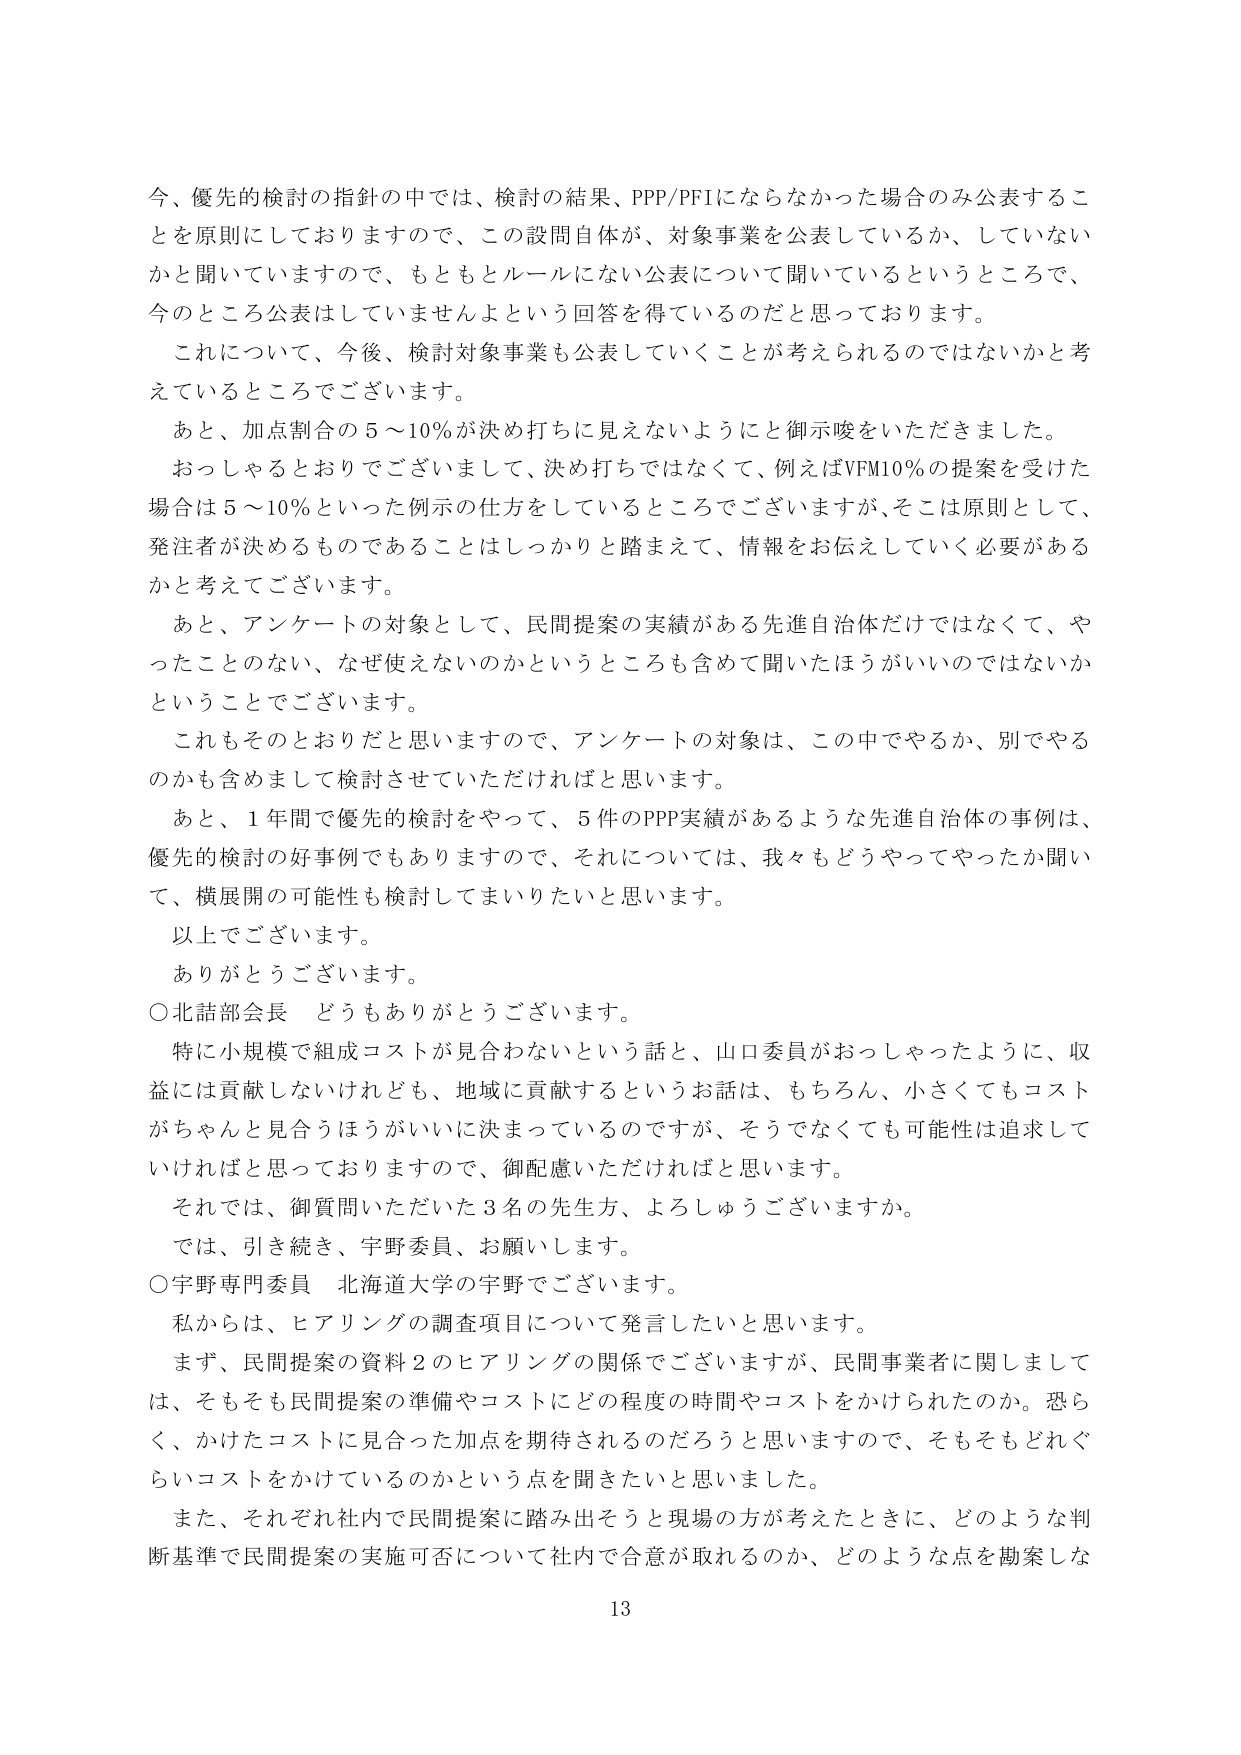
今、優先的検討の指針の中では、検討の結果、PPP/PFIにならなかった場合のみ公表することを原則にしておりますので、この設問自体が、対象事業を公表しているか、していないかと聞いていますので、もともとルールにない公表について聞いているというところで、今のところ公表はしていませんよという回答を得ているのだと思っております。

これについて、今後、検討対象事業も公表していくことが考えられるのではないかと考えているところでございます。

あと、加点割合の5～10％が決め打ちに見えないようにと御示唆をいただきました。

おっしゃるとおりでございまして、決め打ちではなくて、例えばVFM10％の提案を受けた場合は5～10％といった例示の仕方をしているところでございますが、そこは原則として、発注者が決めるものであることはしっかりと踏まえて、情報をお伝えしていく必要があるかと考えております。

あと、アンケートの対象として、民間提案の実績がある先進自治体だけではなくて、やったことのない、なぜ使えないのかというところも含めて聞いたほうがいいのではないかということでございます。

これもそのとおりだと思いますので、アンケートの対象は、この中でやるか、別でやるのかも含めまして検討させていただければと思います。

あと、1年間で優先的検討をやって、5件のPPP実績があるような先進自治体の事例は、優先的検討の好事例でもありますので、それについては、我々もどうやってやったか聞いて、横展開の可能性も検討してまいりたいと思います。

以上でございます。

ありがとうございます。

○北詰部会長　どうもありがとうございます。

特に小規模で組成コストが見合わないという話と、山口委員がおっしゃったように、収益には貢献しないけれども、地域に貢献するというお話は、もちろん、小さくてもコストがちゃんと見合うほうがいいに決まっているのですが、そうでなくても可能性は追求していけばと思っておりますので、御配慮いただければと思います。

それでは、御質問いただいた3名の先生方、よろしゅうございますか。

では、引き続き、宇野委員、お願いします。

○宇野専門委員　北海道大学の宇野でございます。

私からは、ヒアリングの調査項目について発言したいと思います。

まず、民間提案の資料2のヒアリングの関係でございますが、民間事業者に関しましては、そもそも民間提案の準備やコストにどの程度の時間やコストをかけられたのか。恐らく、かけたコストに見合った加点を期待されるのだろうと思いますので、そもそもどれぐらいコストをかけているのかという点を聞きたいと思いました。

また、それぞれ社内で民間提案に踏み出そうと現場の方が考えたときに、どのような判断基準で民間提案の実施可否について社内で合意が取れるのか、どのような点を勘案しな

13